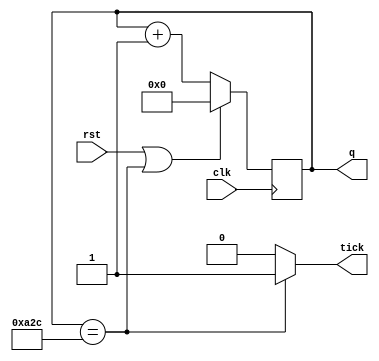
`timescale 1ns / 1ps
//////////////////////////////////////////////////////////////////////////////////
// Company: 
// Engineer: 
// 
// Design Name: 
// Module Name: braudgenerator
// Project Name: 
// Target Devices: 
// Tool Versions: 
// Description: 
// 
// Dependencies: 
// 
// Revision:
// Revision 0.01 - File Created
// Additional Comments:
// 
//////////////////////////////////////////////////////////////////////////////////


module braudgenerator(clk,rst,q,tick);
input clk,rst;
output reg [11:0]q;
output tick;
wire tick;
always@(posedge clk)begin
if((rst)||(q==2604))
q=0;
else 
q=q+1;
end
assign tick=(q==2604)?1:0;
endmodule